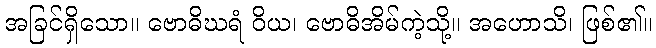
အခြင်ရှိသော။ ဗောဓိဃရံ ဝိယ၊ ဗောဓိအိမ်ကဲ့သို့။ အဟောသိ၊ ဖြစ်၏။